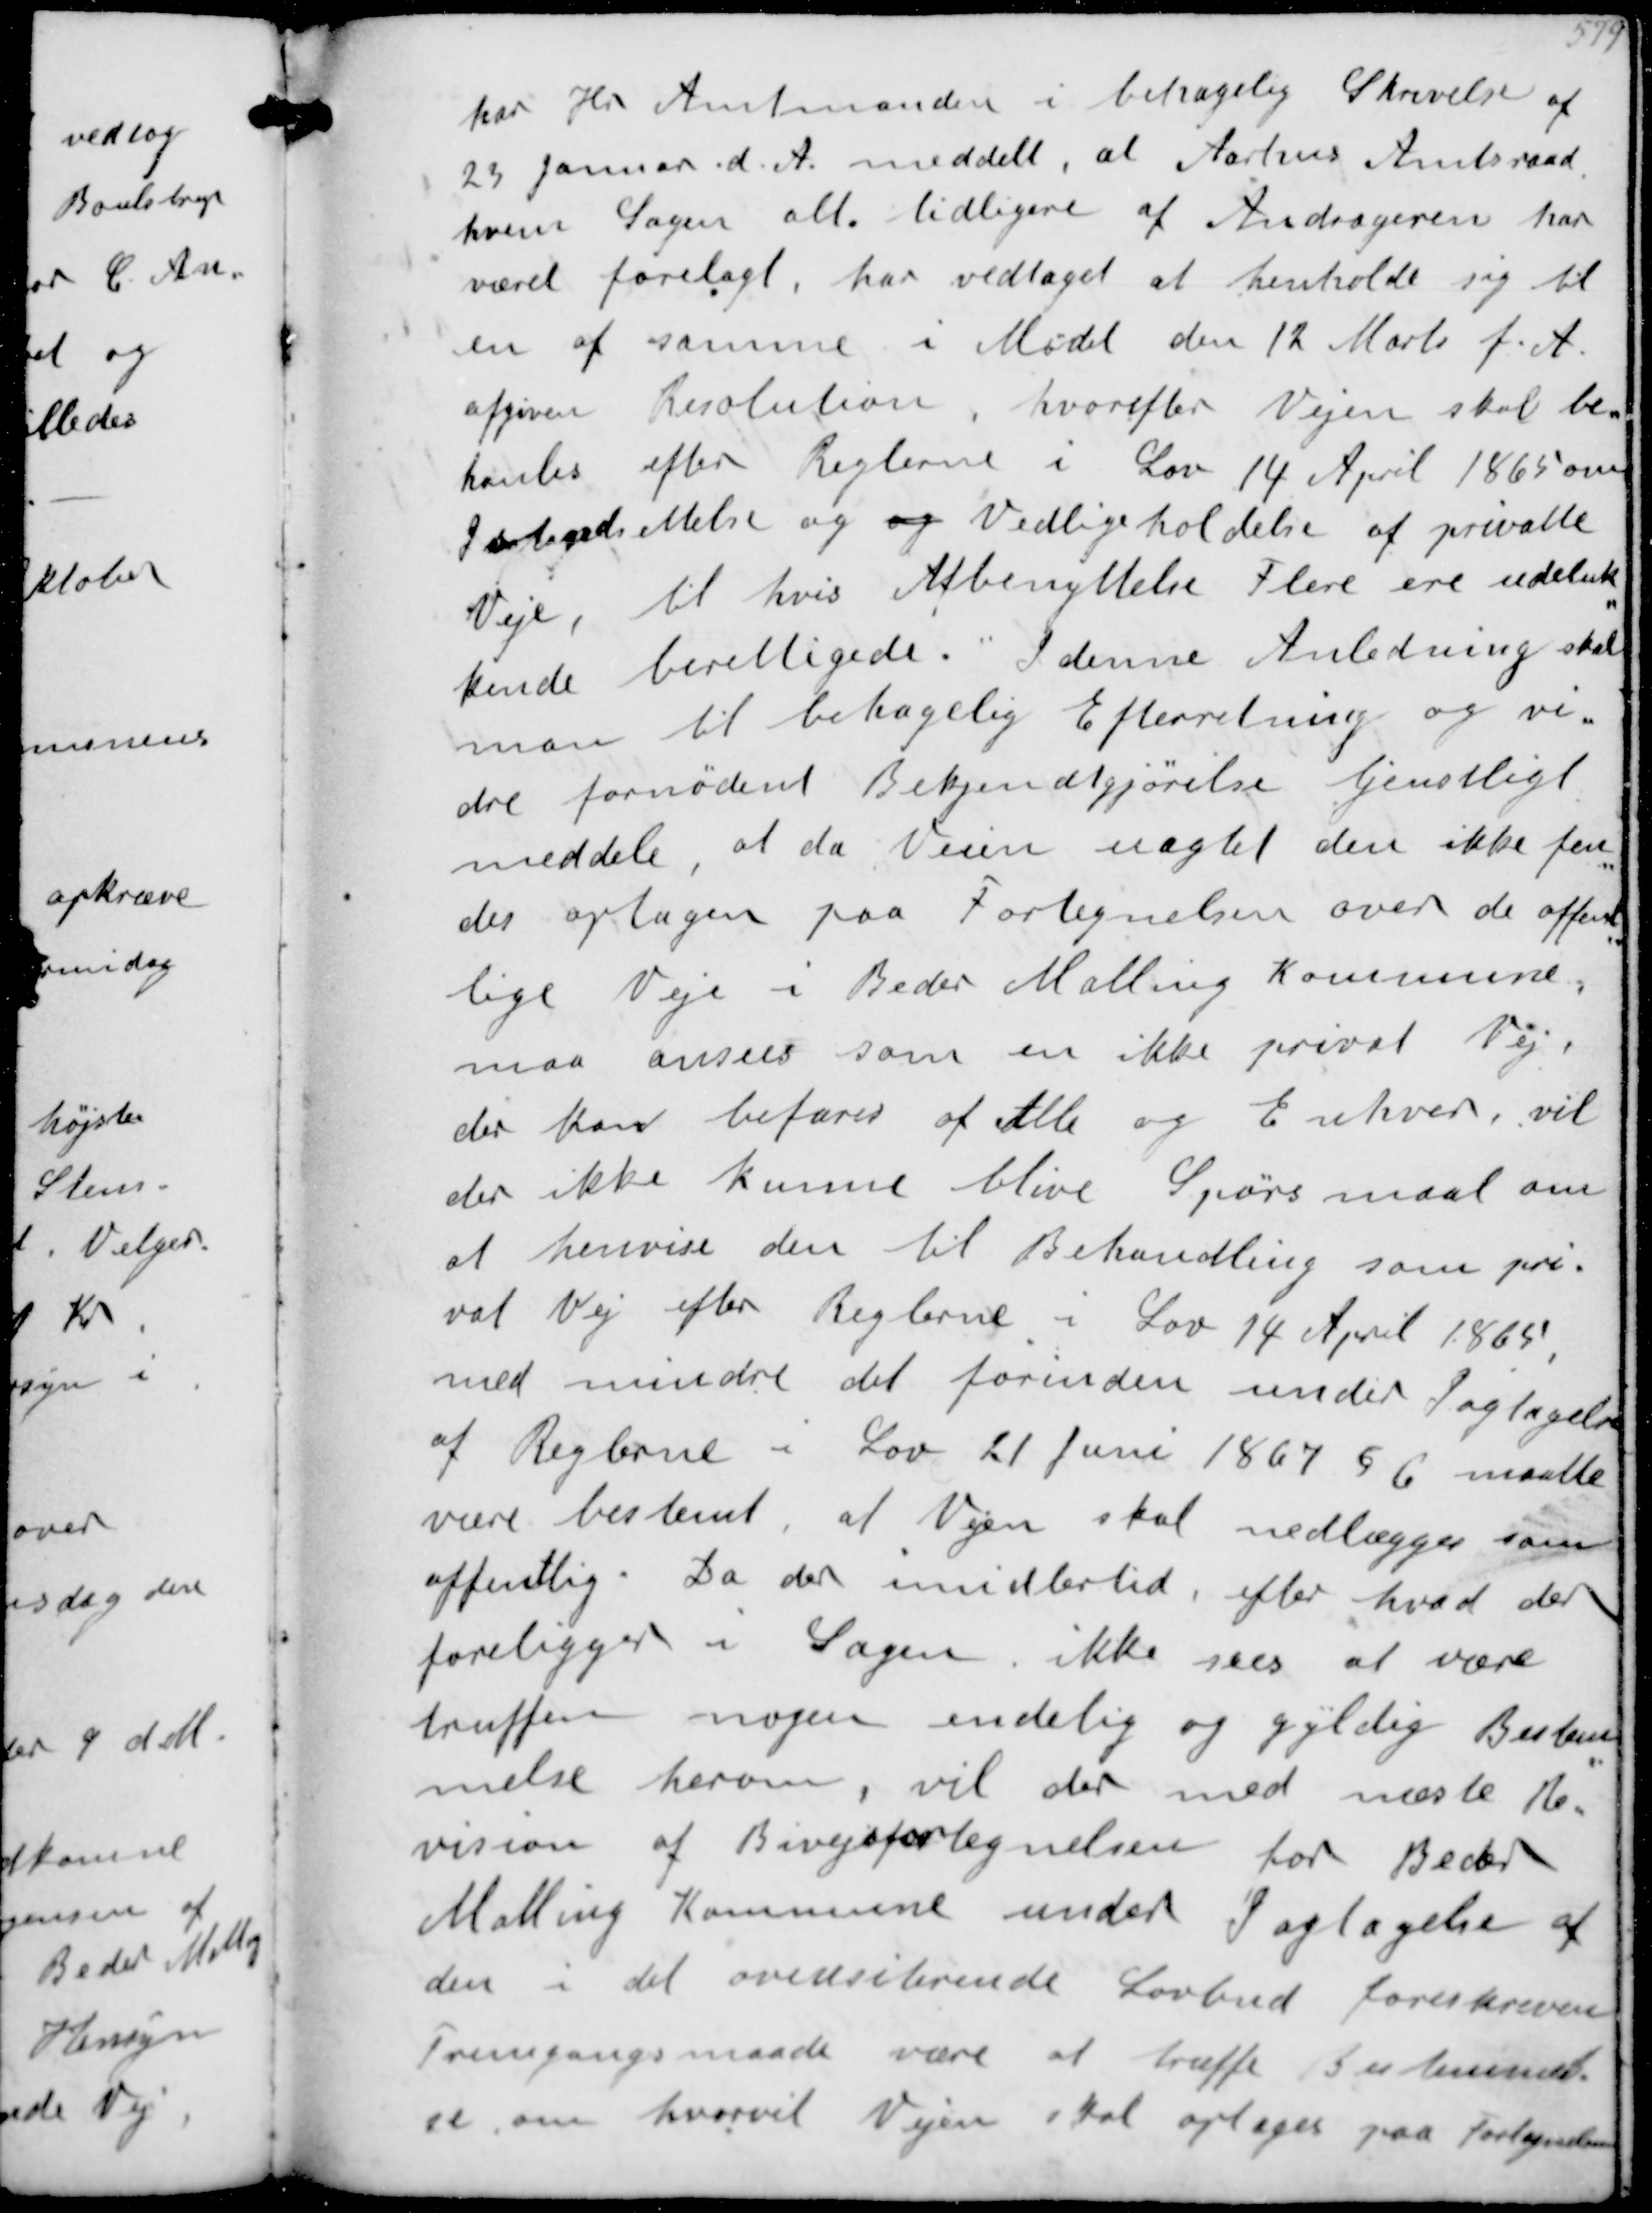
Transskription:
har Hr Amtmanden i behagelig Skrivelse
23 Januar d.A. meddelt, at Aarhus Amtsraad
hvem Sagen alt tidligere af Andrageren har
været forelagt, har vedtaget at henholde sig til
en af samme i Mødet den 12 Marts f.A.
afgiven Resolution hvorefter Vejen skal be-
hanles efter Reglerne i Lov 14 April 1865 om
Istandsættelse og og Vedligeholdelse at privatte
Veje til hvis Afbenyttelse Flere ere udeluk-
kende berettigede. I denne Anledning skal
man til betagelig Efterretning og vi-
dre fornødent Bekjendtgørelse tjenstligt
meddele, at da Veien uagtet den ikke fin-
des optagen paa Fortegnelsen over de offent-
lige Veje i Beder Malling Kommune,
maa ansees som en ikke privat Vej,
der kan befares af Alle og Enhver, vil
der ikke kunne blive Spørsmaal om
at hervise den til Behandling som pri--
vat Vej efter Reglerne i Lov 14 Aaril 1865
med mindre det forinden under Iagtagelse
at Reglerne i Lov 21 Juni 1867 § 6 maatte
være bestemt at Vejen skal nedlægges som
offentlig. Da der imidlertid, efter hvad der
foreligger i Sagen ikke sees at være
truffen nogen endelig og gyldig Bestem-
melse herom, vil der med næste Re-
vision af Bivejsfortegnelsen for Beder
Malling Kommune under Iagtagelse af
den i det ovensiterende Lovbud foreskrevne
fremgangsmaade være at træffe Bestemmel-
se om hvorvit Vejen skal optagesr paa Fortegnelsen